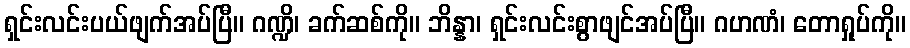
ရှင်းလင်းပယ်ဖျက်အပ်ပြီ။ ဂဏ္ဍိ၊ ခက်ဆစ်ကို။ ဘိန္နာ၊ ရှင်းလင်းစွာဖျင်အပ်ပြီ။ ဂဟဏံ၊ တောရှုပ်ကို။